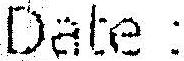
DATE :